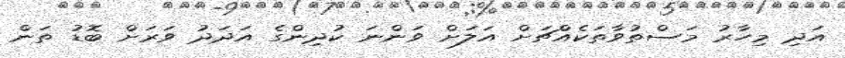
އަދި މިހާރު މަސްތުވާތަކެއްޗަށް އަލަށް ވަންނަ ކުދިންގެ އަދަދު ވަރަށް ބޮޑު ތަން